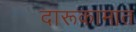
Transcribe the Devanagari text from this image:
दारूकामात